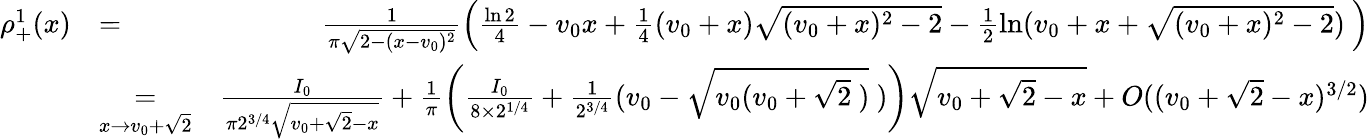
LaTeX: \begin{array}{rlr}{\rho_{+}^{1}(x)}&{=}&{\frac{1}{\pi\sqrt{2-(x-v_{0})^{2}}}\left(\frac{\ln 2}{4}-v_{0}x+\frac{1}{4}(v_{0}+x)\sqrt{(v_{0}+x)^{2}-2}-\frac{1}{2}\ln(v_{0}+x+\sqrt{(v_{0}+x)^{2}-2})\ \right)}\\ &{\underset{x\to v_{0}+\sqrt{2}}{=}}&{\frac{I_{0}}{\pi 2^{3/4}\sqrt{v_{0}+\sqrt{2}-x}}+\frac{1}{\pi}\left(\frac{I_{0}}{8\times 2^{1/4}}+\frac{1}{2^{3/4}}(v_{0}-\sqrt{v_{0}(v_{0}+\sqrt{2}\ )}\ )\right)\sqrt{v_{0}+\sqrt{2}-x}+O((v_{0}+\sqrt{2}-x)^{3/2})}\end{array}